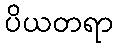
ပိယတရာ